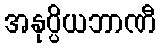
အနုပ္ပိယဘာဏီ